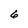
Character: 6